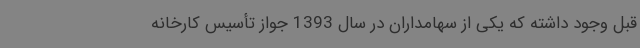
قبل وجود داشته که یکی از سهامداران در سال 1393 جواز تأسیس کارخانه